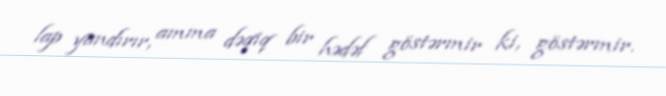
lap yandırır, amma dəqiq bir hədəf göstərmir ki, göstərmir.